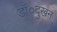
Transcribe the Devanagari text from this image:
डॉ०दुखन